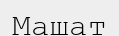
Машат